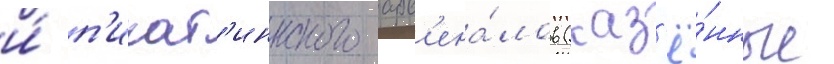
и́ п'икат'иннского арс'ена́лов (каз'ё́нные